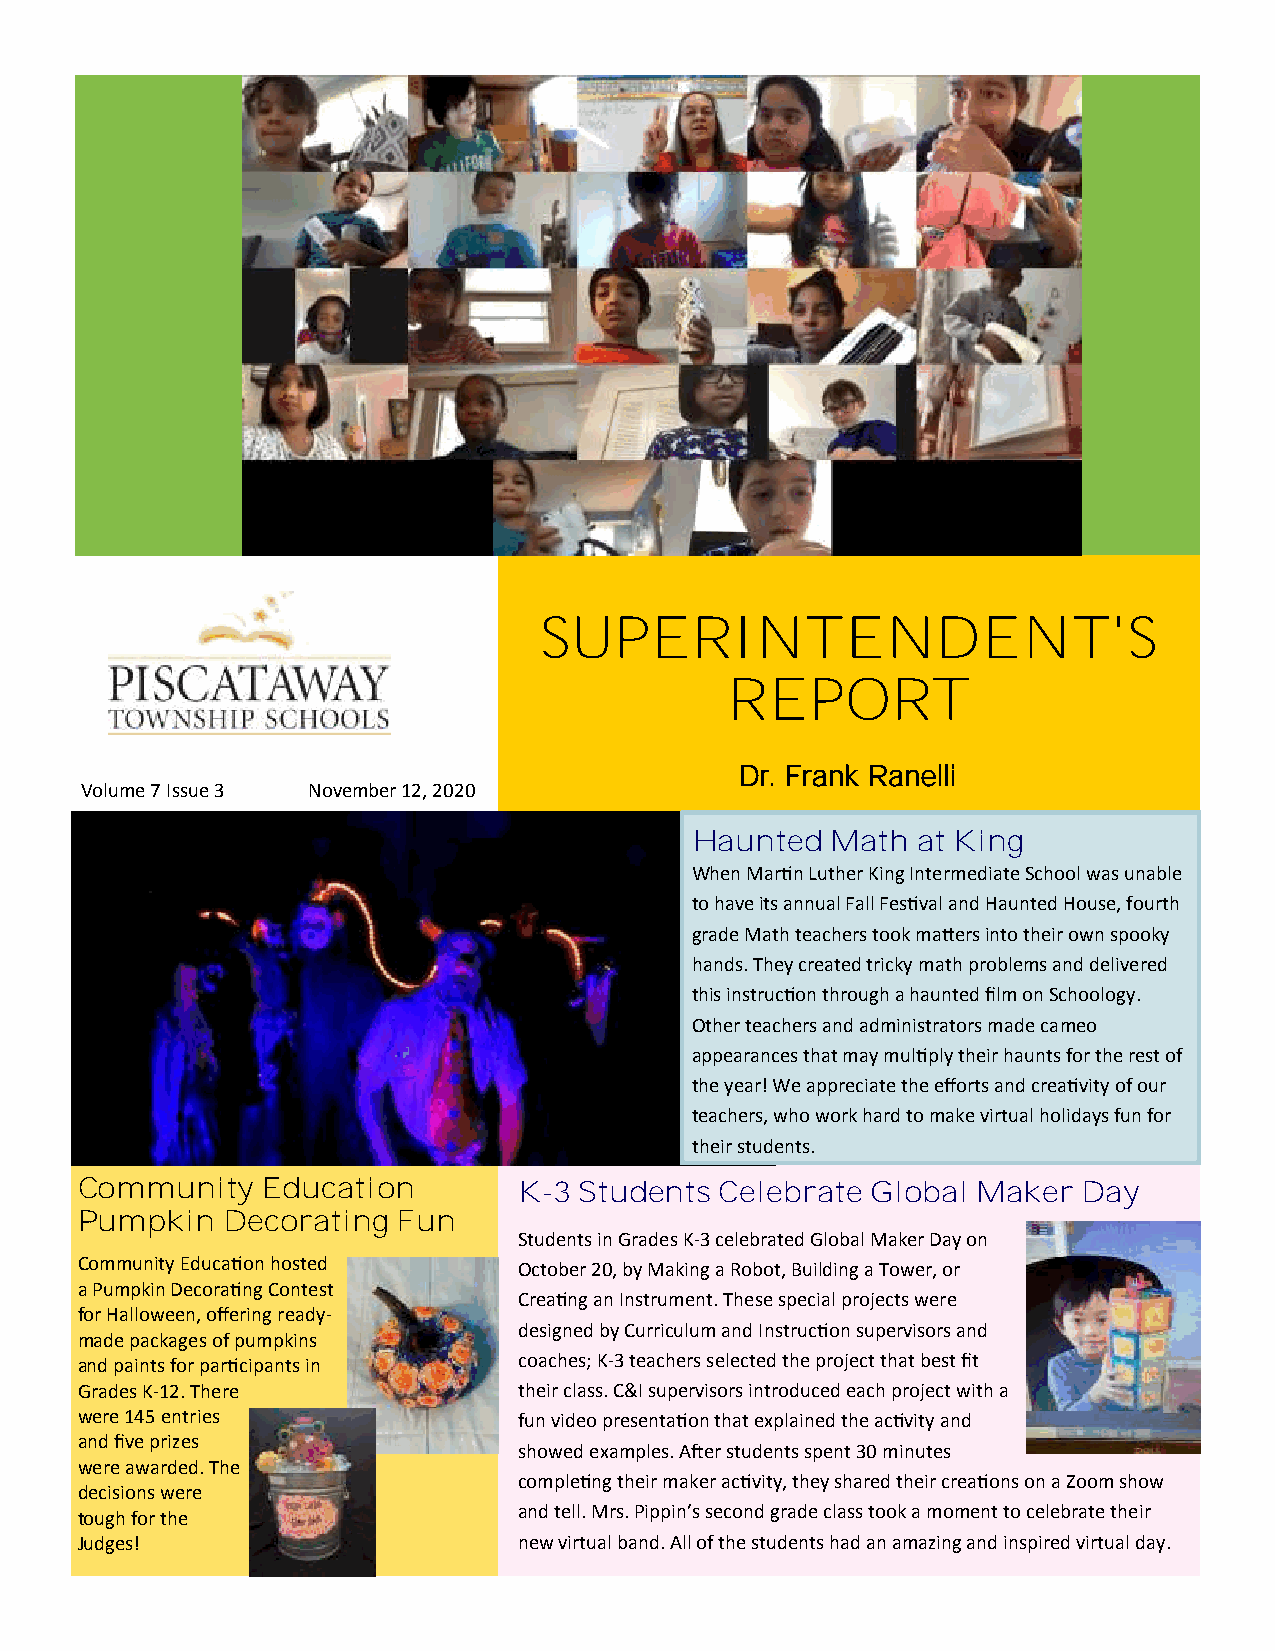
SUPERINTENDENT'S
 REPORT
 Dr. Frank Ranelli
 Volume 7 Issue 3 November 12, 2020
 Haunted  Math  at King
 When Martin Luther King Intermediate School was unable
 to have its annual Fall Festival and Haunted House, fourth
 grade Math teachers took matters into their own spooky
 hands. They created tricky math problems and delivered
 this instruction through a haunted film on Schoology.
 Other teachers and administrators made cameo
 appearances that may multiply their haunts for the rest of
 the year! We appreciate the efforts and creativity of our
 teachers, who work hard to make virtual holidays fun for
 their students.
 Community   Education        K-3 Students  Celebrate Global Maker  Day
 Pumpkin   Decorating Fun
 Students in Grades K-3 celebrated Global Maker Day on
 Community Education hosted   October 20, by Making a Robot, Building a Tower, or
 a Pumpkin Decorating Contest
 Creating an Instrument. These special projects were
 for Halloween, offering ready-
 designed by Curriculum and Instruction supervisors and
 made packages of pumpkins
 and paints for participants in coaches; K-3 teachers selected the project that best fit
 Grades K-12. There           their class. C&I supervisors introduced each project with a
 were 145 entries             fun video presentation that explained the activity and
 and five prizes
 showed examples. After students spent 30 minutes
 were awarded. The
 completing their maker activity, they shared their creations on a Zoom show
 decisions were
 and tell. Mrs. Pippin’s second grade class took a moment to celebrate their
 tough for the
 Judges!                      new virtual band. All of the students had an amazing and inspired virtual day.